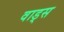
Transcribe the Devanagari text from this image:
वाड्स